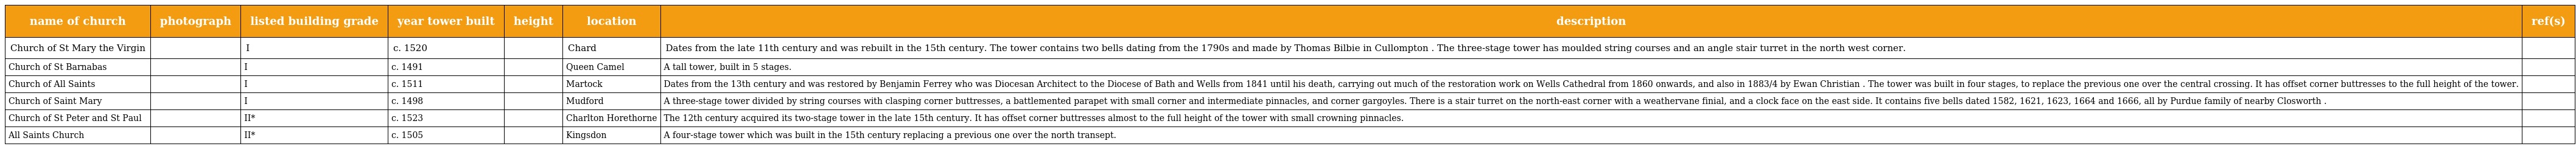
| name of church | photograph | listed building grade | year tower built | height | location | description | ref(s) |
 | --- | --- | --- | --- | --- | --- | --- | --- |
 | Church of St Mary the Virgin |  | I | c. 1520 |  | Chard | Dates from the late 11th century and was rebuilt in the 15th century. The tower contains two bells dating from the 1790s and made by Thomas Bilbie in Cullompton . The three-stage tower has moulded string courses and an angle stair turret in the north west corner. |  |
 | Church of St Barnabas |  | I | c. 1491 |  | Queen Camel | A tall tower, built in 5 stages. |  |
 | Church of All Saints |  | I | c. 1511 |  | Martock | Dates from the 13th century and was restored by Benjamin Ferrey who was Diocesan Architect to the Diocese of Bath and Wells from 1841 until his death, carrying out much of the restoration work on Wells Cathedral from 1860 onwards, and also in 1883/4 by Ewan Christian . The tower was built in four stages, to replace the previous one over the central crossing. It has offset corner buttresses to the full height of the tower. |  |
 | Church of Saint Mary |  | I | c. 1498 |  | Mudford | A three-stage tower divided by string courses with clasping corner buttresses, a battlemented parapet with small corner and intermediate pinnacles, and corner gargoyles. There is a stair turret on the north-east corner with a weathervane finial, and a clock face on the east side. It contains five bells dated 1582, 1621, 1623, 1664 and 1666, all by Purdue family of nearby Closworth . |  |
 | Church of St Peter and St Paul |  | II* | c. 1523 |  | Charlton Horethorne | The 12th century acquired its two-stage tower in the late 15th century. It has offset corner buttresses almost to the full height of the tower with small crowning pinnacles. |  |
 | All Saints Church |  | II* | c. 1505 |  | Kingsdon | A four-stage tower which was built in the 15th century replacing a previous one over the north transept. |  |